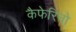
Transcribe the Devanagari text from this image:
कैफेरिनो